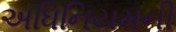
અધિનિયમની